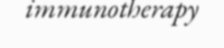
immunotherapy